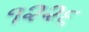
૧૨૨૬